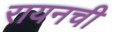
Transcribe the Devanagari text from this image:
रायनची